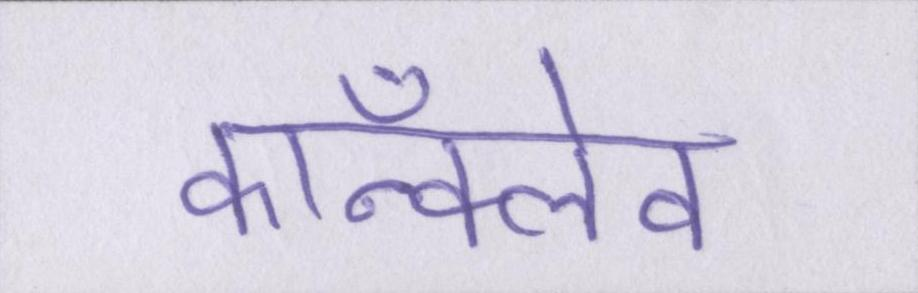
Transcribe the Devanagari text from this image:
कॉन्क्लेव